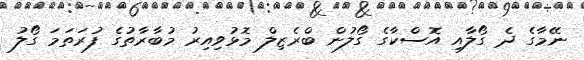
ނޭމާގެ ދެ ގޯލާއި އޮސްކާގެ ގޯލުން ބްރެޒިލް މޮޅުވިއިރު މުބާރާތުގެ ފުރަތަމަ ގޯލު